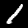
Label: 1